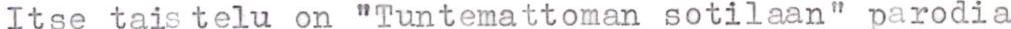
Itse tais telu on "Tuntemattoman sotilaan" parodia